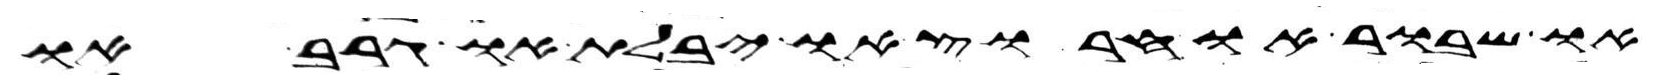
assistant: או שבור או חרוץ או יבלת או גרב או